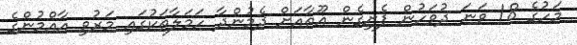
މަހުގެ 18 ވަނަ ދުވަހުން ފެށިގެން ޣޫތާއަށް ދެމުންދާ ހަމަލާތަކުގައި މަރުވި އާއްމުންގެ